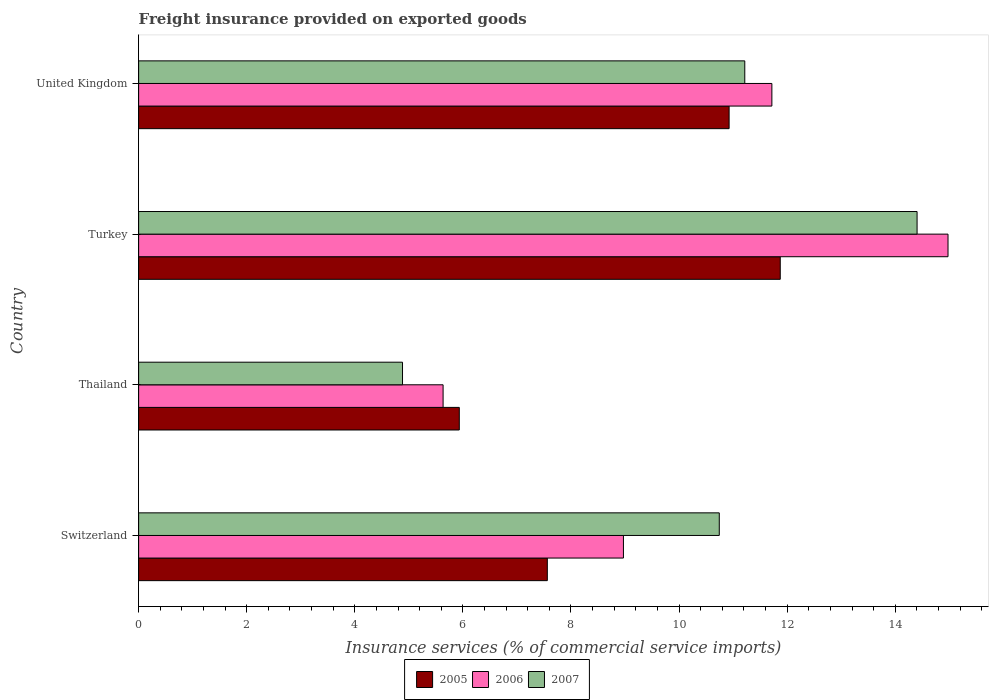
| Country | 2005 | 2006 | 2007 |
 | --- | --- | --- | --- |
 | Switzerland | 7.56 | 8.97 | 10.7 |
 | Thailand | 5.93 | 5.63 | 4.88 |
 | Turkey | 11.9 | 15 | 14.4 |
 | United Kingdom | 10.9 | 11.7 | 11.2 |